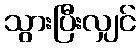
သွားပြီးလျှင်